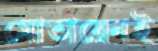
মোতায়েনই